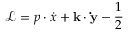
\mathcal { L } = p \cdot \dot { x } + \mathbf { k } \cdot \mathbf { \dot { y } } - \frac { 1 } { 2 }